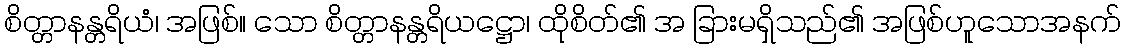
စိတ္တာနန္တရိယံ၊ အဖြစ်။ သော စိတ္တာနန္တရိယဋ္ဌော၊ ထိုစိတ်၏ အ ခြားမရှိသည်၏ အဖြစ်ဟူသောအနက်